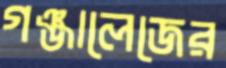
গঞ্জালেজের